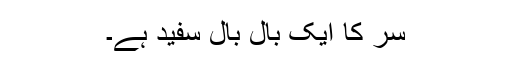
سر کا ایک بال بال سفید ہے۔